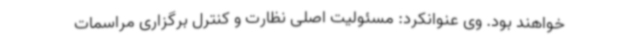
خواهند بود. وی عنوانکرد: مسئولیت اصلی نظارت و کنترل برگزاری مراسمات